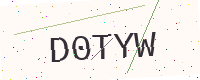
Text: D0TYW